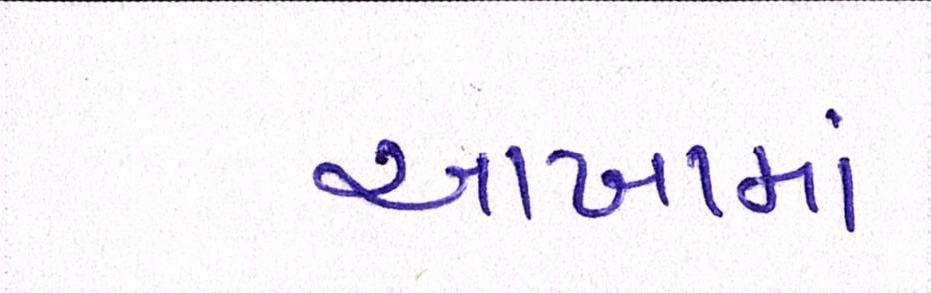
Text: આખામાં